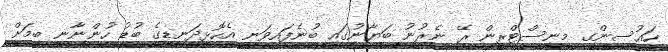
ހައުސިންގ މިނިސްޓްރީން ރޭ ނެރުނު ބަޔާނުގައި ބުނެފައިވަނީ އެހޮޅިދަނޑީގެ ބުޑު ހުންނާނީ ބިމަށް